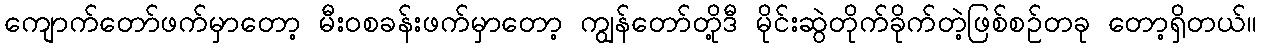
ကျောက်တော်ဖက်မှာတော့ မီးဝစခန်းဖက်မှာတော့ ကျွန်တော်တို့ဒီ မိုင်းဆွဲတိုက်ခိုက်တဲ့ဖြစ်စဉ်တခု တော့ရှိတယ်။